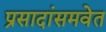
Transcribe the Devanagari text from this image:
प्रसादांसमवेत